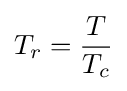
T_{r}={\frac {T}{T_{c}}}